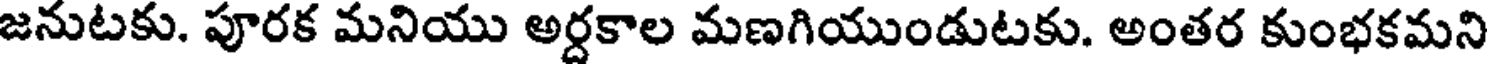
జనుటకు. పూరక మనియు అర్దకాల మణగియుండుటకు. అంతర కుంభకమని